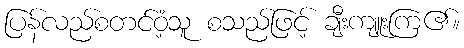
ပြန်လည်စတင်ဝံ့သူ စသည်ဖြင့် ချီးကျူးကြ၏။